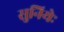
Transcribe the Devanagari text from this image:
सुनियेः